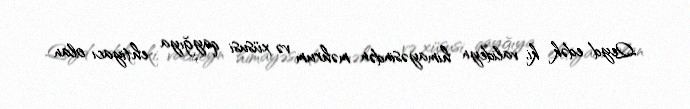
Qeyd edək ki, valideyn himayəsindən məhrum və xüsusi qayğıya ehtiyacı olan